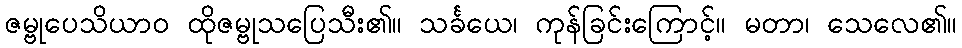
ဇမ္ဗုပေသိယာဝ ထိုဇမ္ဗုသပြေသီး၏။ သင်္ခယေ၊ ကုန်ခြင်းကြောင့်။ မတာ၊ သေလေ၏။